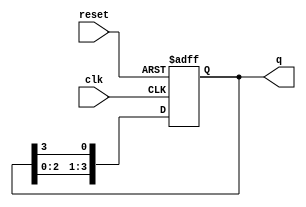
module async_ring_counter (
    input wire clk,         // Clock input
    input wire reset,       // Asynchronous reset input
    output reg [N-1:0] q    // Counter output
);
    parameter N = 4; // Number of bits in the ring counter (adjust as needed)

    // State initialization
    initial begin
        q = 1'b1; // Starting state: only the first flip-flop is set to '1'
    end

    always @(posedge clk or posedge reset) begin
        if (reset) begin
            // On reset, initialize to known state (e.g., 0001)
            q <= 1'b1; // Set the first flip-flop to '1'
        end else begin
            // Shift the bits in the ring counter
            q <= {q[N-2:0], q[N-1]}; // Shift left and wrap around
        end
    end
endmodule